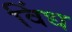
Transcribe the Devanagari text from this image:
विंध